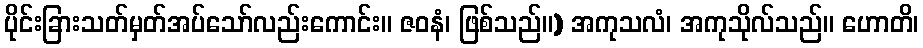
ပိုင်းခြားသတ်မှတ်အပ်သော်လည်းကောင်း။ ဇဝနံ၊ ဖြစ်သည်။) အကုသလံ၊ အကုသိုလ်သည်။ ဟောတိ၊